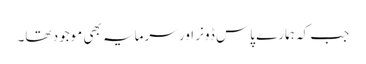
جب کہ ہمارے پاس ڈونر اور سرمایہ بھی موجود تھا۔